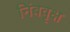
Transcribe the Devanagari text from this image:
निंबवृक्ष